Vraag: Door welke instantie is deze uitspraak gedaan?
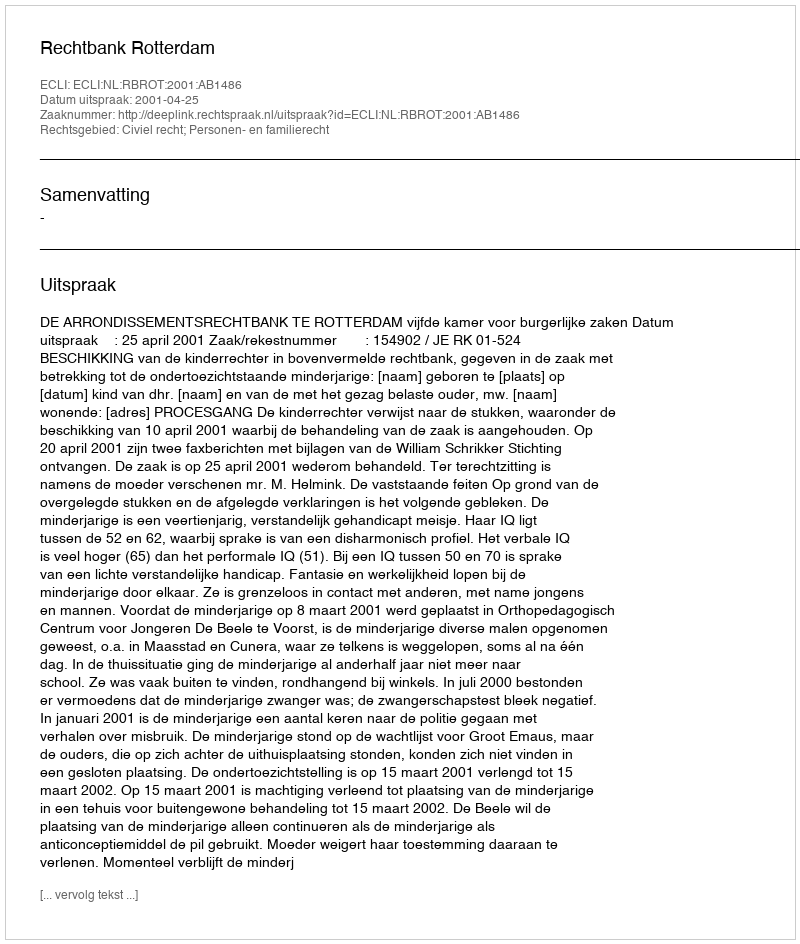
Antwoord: Rechtbank Rotterdam